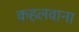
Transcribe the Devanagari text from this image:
कहलवाना